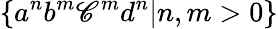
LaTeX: \{ a^{n}b^{m}\mathscr{C}^{m}d^{n}|n,m>0\}